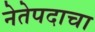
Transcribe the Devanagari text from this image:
नेतेपदाचा